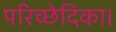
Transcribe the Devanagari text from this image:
परिच्छेदिका।